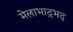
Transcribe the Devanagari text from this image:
मेलाभाद्रभद